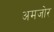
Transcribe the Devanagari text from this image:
अमजोर